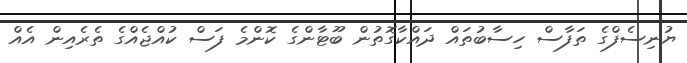
ޔުނިސެފްގެ ތަފާސް ހިސާބުތައް ދައްކާގޮތުން ބޫޓާންގެ ކޮންމެ ފަސް ކުއްޖެއްގެ ތެރެއިން އެއް